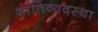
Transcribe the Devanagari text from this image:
शांतिव्यवस्था